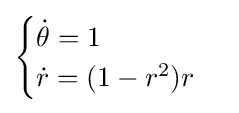
{\begin{cases}{\dot {\theta }}=1\\{\dot {r}}=(1-r^{2})r\end{cases}}